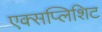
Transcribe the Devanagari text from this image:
एक्सप्लिशिट